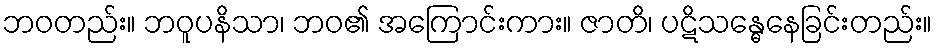
ဘဝတည်း။ ဘဝူပနိသာ၊ ဘဝ၏ အကြောင်းကား။ ဇာတိ၊ ပဋိသန္ဓေနေခြင်းတည်း။